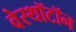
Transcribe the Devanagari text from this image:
वेस्थॉटॉन